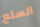
السلع